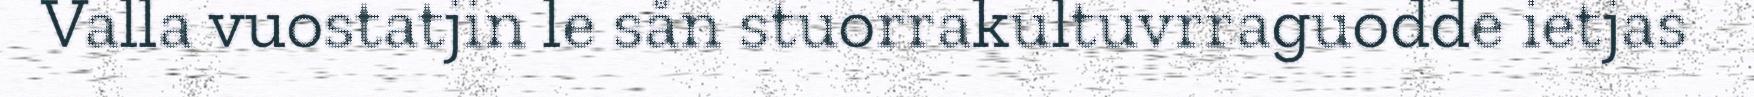
Valla vuostatjin le sån stuorrakultuvrraguodde ietjas